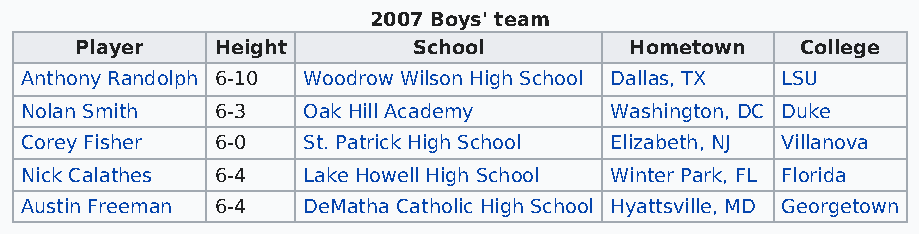
2007 Boys' team
 Player   Height       School         Hometown   College
 Anthony Randolph 6-10 Woodrow Wilson High School Dallas, TX LSU
 Nolan Smith  6-3   Oak Hill Academy    Washington, DC Duke
 Corey Fisher 6-0   St. Patrick High School Elizabeth, NJ Villanova
 Nick Calathes 6-4  Lake Howell High School Winter Park, FL Florida
 Austin Freeman 6-4 DeMatha Catholic High School Hyattsville, MD Georgetown